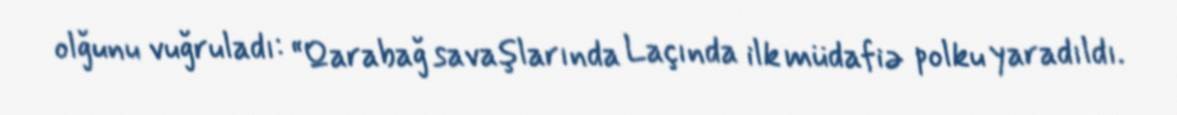
olğunu vuğruladı: “Qarabağ savaşlarında Laçında ilk müdafiə polku yaradıldı.